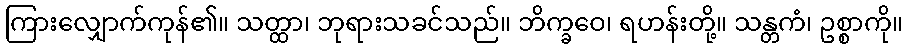
ကြားလျှောက်ကုန်၏။ သတ္ထာ၊ ဘုရားသခင်သည်။ ဘိက္ခဝေ၊ ရဟန်းတို့။ သန္တကံ၊ ဥစ္စာကို။